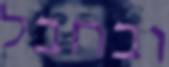
ובחבל